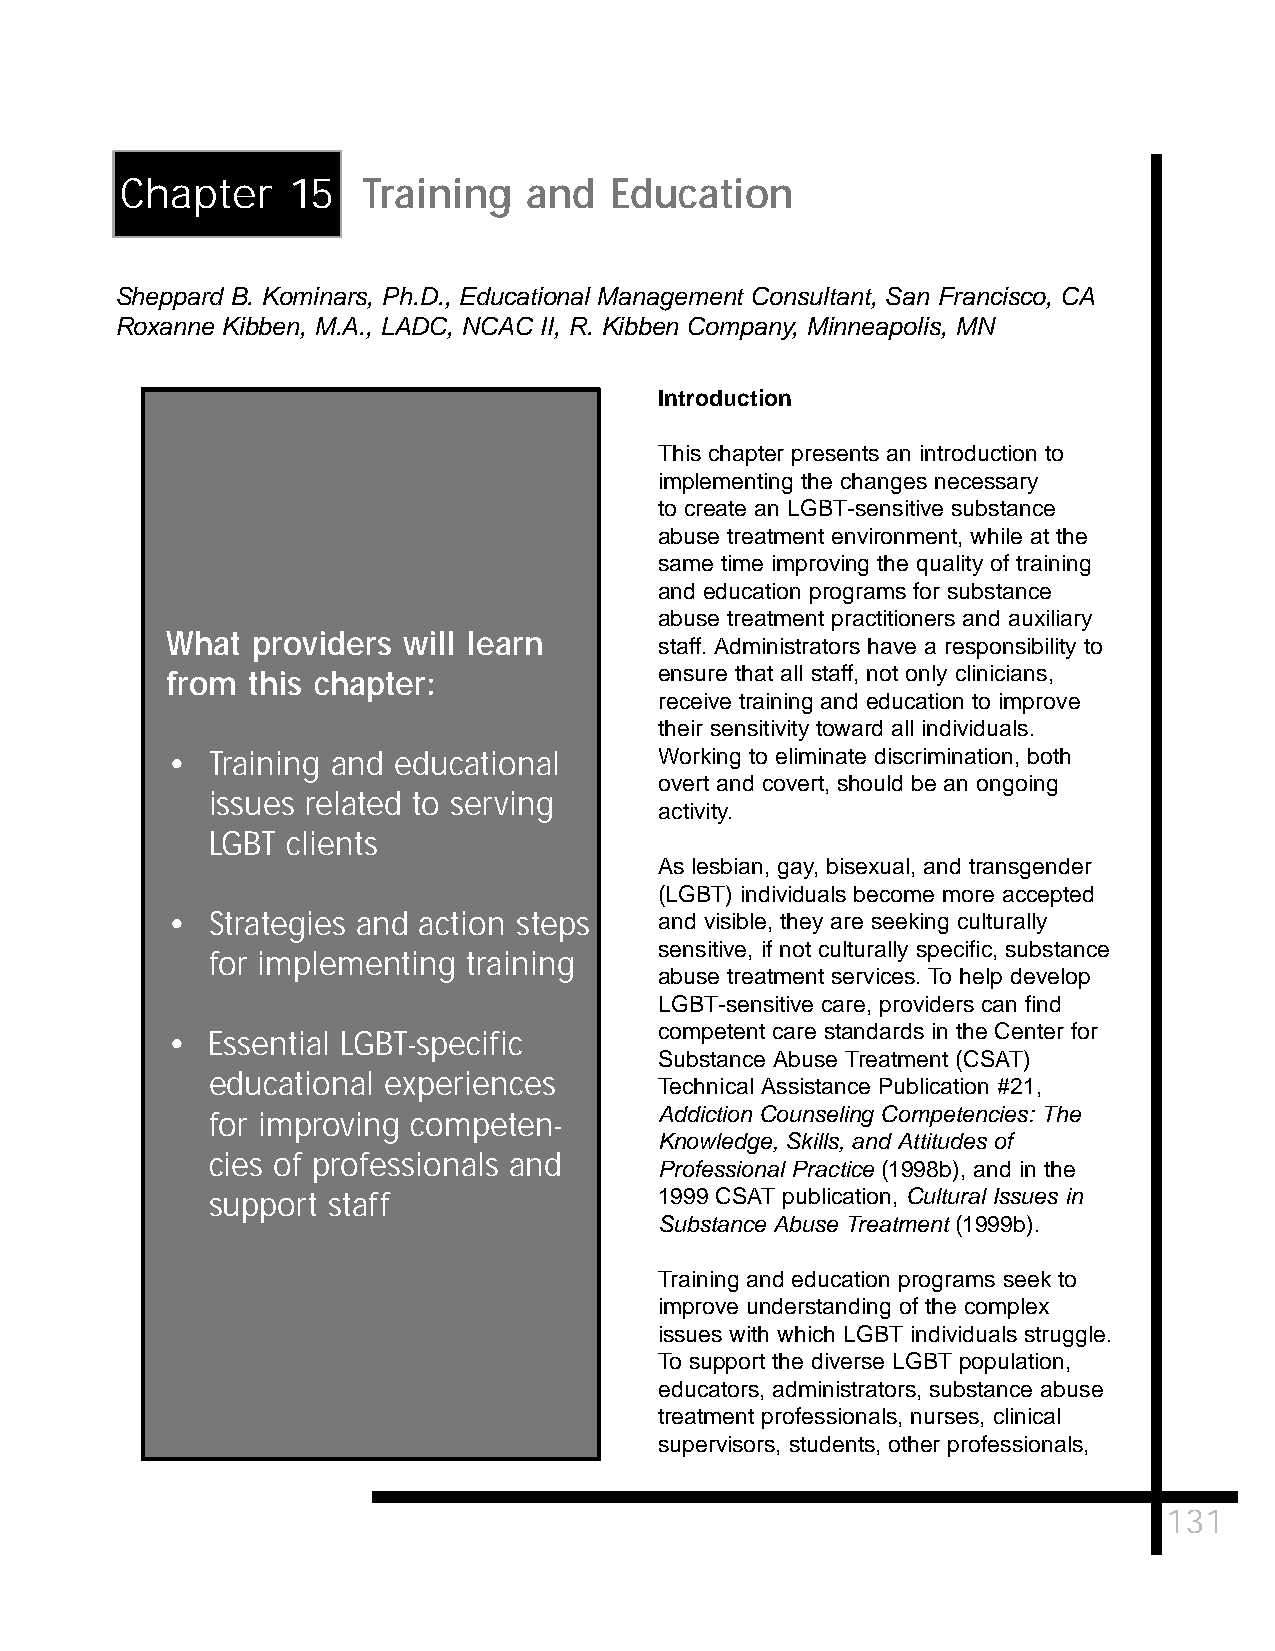
Chapter    15   Training   and  Education
 Sheppard B. Kominars, Ph.D., Educational Management Consultant, San Francisco, CA
 Roxanne Kibben, M.A., LADC, NCAC II, R. Kibben Company, Minneapolis, MN
 Introduction
 This chapter presents an introduction to
 implementing the changes necessary
 to create an LGBT-sensitive substance
 abuse treatment environment, while at the
 same time improving the quality of training
 and education programs for substance
 abuse treatment practitioners and auxiliary
 What  providers will learn
 staff. Administrators have a responsibility to
 from this chapter:               ensure that all staff, not only clinicians,
 receive training and education to improve
 their sensitivity toward all individuals.
 •  Training and educational      Working to eliminate discrimination, both
 overt and covert, should be an ongoing
 issues related to serving
 activity.
 LGBT clients
 As lesbian, gay, bisexual, and transgender
 (LGBT) individuals become more accepted
 •  Strategies and action steps   and visible, they are seeking culturally
 sensitive, if not culturally specific, substance
 for implementing training
 abuse treatment services. To help develop
 LGBT-sensitive care, providers can find
 competent care standards in the Center for
 •  Essential LGBT-specific
 Substance Abuse Treatment (CSAT)
 educational experiences
 Technical Assistance Publication #21,
 for improving competen-       Addiction Counseling Competencies: The
 Knowledge, Skills, and Attitudes of
 cies of professionals and
 Professional Practice (1998b), and in the
 support staff                 1999 CSAT publication, Cultural Issues in
 Substance Abuse Treatment (1999b).
 Training and education programs seek to
 improve understanding of the complex
 issues with which LGBT individuals struggle.
 To support the diverse LGBT population,
 educators, administrators, substance abuse
 treatment professionals, nurses, clinical
 supervisors, students, other professionals,
 131